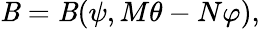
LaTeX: \mathit{B}=\mathit{B}(\psi,M\theta-N\varphi),